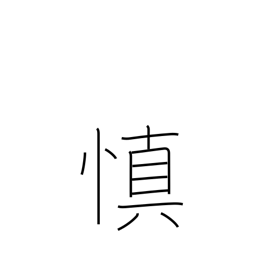
Meaning: prudent